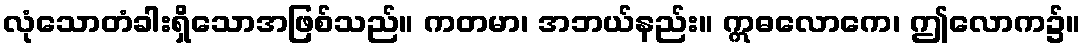
လုံသောတံခါးရှိသောအဖြစ်သည်။ ကတမာ၊ အဘယ်နည်း။ ဣဓလောကေ၊ ဤလောက၌။